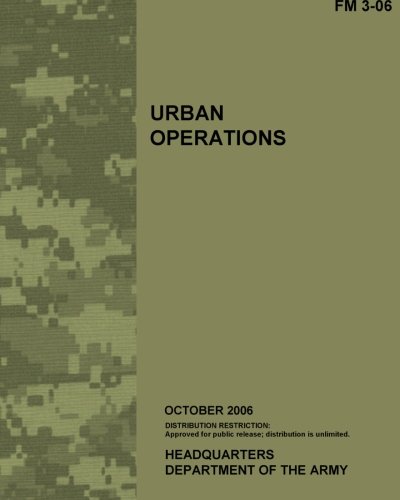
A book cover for Urban Operations, FM 3-06: US Army Field Manual 3-06; US Army; Crafts, Hobbies & Home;